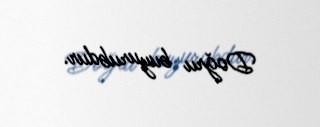
Doğru buyurubdur.